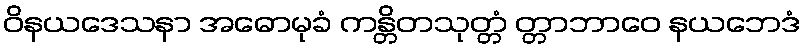
ဝိနယဒေသနာ အဓောမုခံ ကန္တိတသုတ္တံ တ္တာဘာဝေ နယဘေဒံ